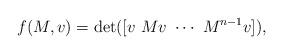
LaTeX: \begin{align*}f(M,v) = \det([v\ Mv\ \cdots\ M^{n-1}v]),\end{align*}